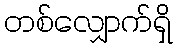
တစ်လျှောက်ရှိ